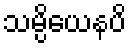
သမ္ပိယေနပိ